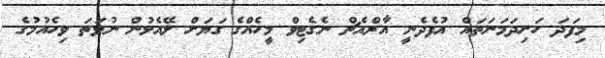
މިފަދަ ހަށިދަމަނަތައް އުފެދެނީ އާރްއެޗް ނެގެޓިވް މީހެއްގެ ގަޔަށް ލޭއެޅުން ނުވަތަ ވިހެއުމުގެ